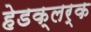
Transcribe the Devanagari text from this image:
हेडक्लर्क